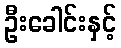
ဦးခေါင်းနှင့်